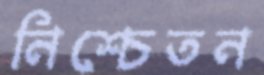
নিশ্চেতন